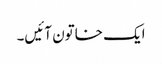
ایک خاتون آئیں‌۔